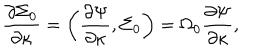
LaTeX: { \frac { \partial \Sigma _ { 0 } } { \partial \kappa } } = \left( { \frac { \partial \Psi } { \partial \kappa } } , \Sigma _ { 0 } \right) = \Omega _ { 0 } { \frac { \partial \Psi } { \partial \kappa } } ,